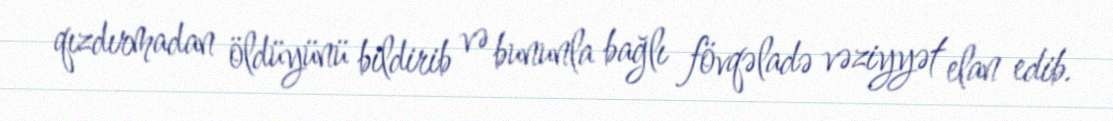
qızdırmadan öldüyünü bildirib və bununla bağlı fövqəladə vəziyyət elan edib.